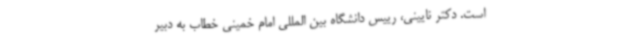
است. دکتر نایینی، رییس دانشگاه بین المللی امام خمینی خطاب به دبیر